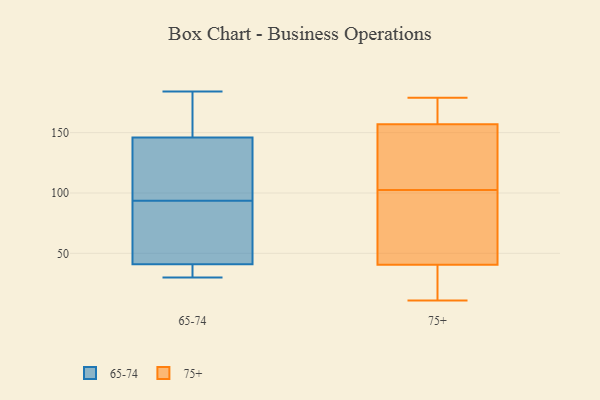
{"axis": {"x": "Conversion Rate (%)", "y": "Value"}, "legend": ["65-74", "75+"], "data": [{"x": "", "y": 184, "type": "65-74"}, {"x": "", "y": 127, "type": "65-74"}, {"x": "", "y": 146, "type": "65-74"}, {"x": "", "y": 158, "type": "65-74"}, {"x": "", "y": 82, "type": "65-74"}, {"x": "", "y": 38, "type": "65-74"}, {"x": "", "y": 168, "type": "65-74"}, {"x": "", "y": 30, "type": "65-74"}, {"x": "", "y": 40, "type": "65-74"}, {"x": "", "y": 105, "type": "65-74"}, {"x": "", "y": 136, "type": "65-74"}, {"x": "", "y": 51, "type": "65-74"}, {"x": "", "y": 37, "type": "65-74"}, {"x": "", "y": 169, "type": "65-74"}, {"x": "", "y": 41, "type": "65-74"}, {"x": "", "y": 108, "type": "65-74"}, {"x": "", "y": 68, "type": "65-74"}, {"x": "", "y": 45, "type": "65-74"}, {"x": "", "y": 30, "type": "75+"}, {"x": "", "y": 119, "type": "75+"}, {"x": "", "y": 51, "type": "75+"}, {"x": "", "y": 20, "type": "75+"}, {"x": "", "y": 170, "type": "75+"}, {"x": "", "y": 108, "type": "75+"}, {"x": "", "y": 106, "type": "75+"}, {"x": "", "y": 167, "type": "75+"}, {"x": "", "y": 157, "type": "75+"}, {"x": "", "y": 15, "type": "75+"}, {"x": "", "y": 177, "type": "75+"}, {"x": "", "y": 12, "type": "75+"}, {"x": "", "y": 98, "type": "75+"}, {"x": "", "y": 157, "type": "75+"}, {"x": "", "y": 87, "type": "75+"}, {"x": "", "y": 11, "type": "75+"}, {"x": "", "y": 99, "type": "75+"}, {"x": "", "y": 98, "type": "75+"}, {"x": "", "y": 179, "type": "75+"}, {"x": "", "y": 128, "type": "75+"}]}